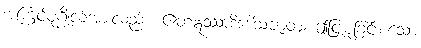
အကြင်ပုဂ္ဂိုလ်အားလည်း။ ဧတံဣဿာဒိဒေါသဇာတံ၊ ဤငြူစူခြင်းစသော